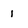
Character: 1